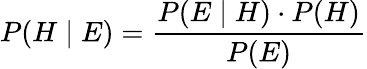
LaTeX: P(H\mid E)={\frac{P(E\mid H)\cdot P(H)}{P(E)}}